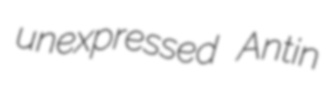
unexpressed Antin